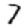
Digit: 7